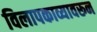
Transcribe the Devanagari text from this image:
विलापकाव्यावरून